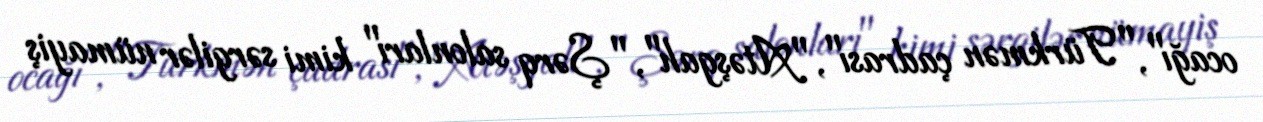
ocağı", "Türkmən çadrası", "Atəşgah", "Şərq salonları" kimi sərgilər nümayiş